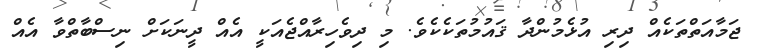
ޖަމާއަތްތަކެއް ދިރި އުޅެމުންދާ ޤައުމުތަކެކެވެ. މި ދިވެހިރާއްޖެއަކީ އެއް ދީނަކަށް ނިސްބާތްވާ އެއް